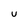
Character: U